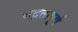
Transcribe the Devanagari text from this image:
भद्रतापूर्ण